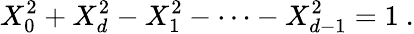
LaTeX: X_{0}^{2}+X_{d}^{2}-X_{1}^{2}-\cdots-X_{d-1}^{2}=1\ .